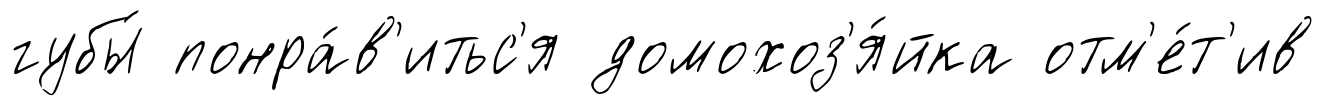
губы́ понра́в'итьс'я домохоз'я́йка отм'е́т'ив